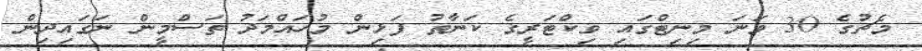
މެޗުގެ 30 ވަނަ މިނިޓްގައި ވިކްޓަރީގެ ކަނާތު ފަޅިން މުހައްމަދު ތަސްމީން ނަގައިދިން